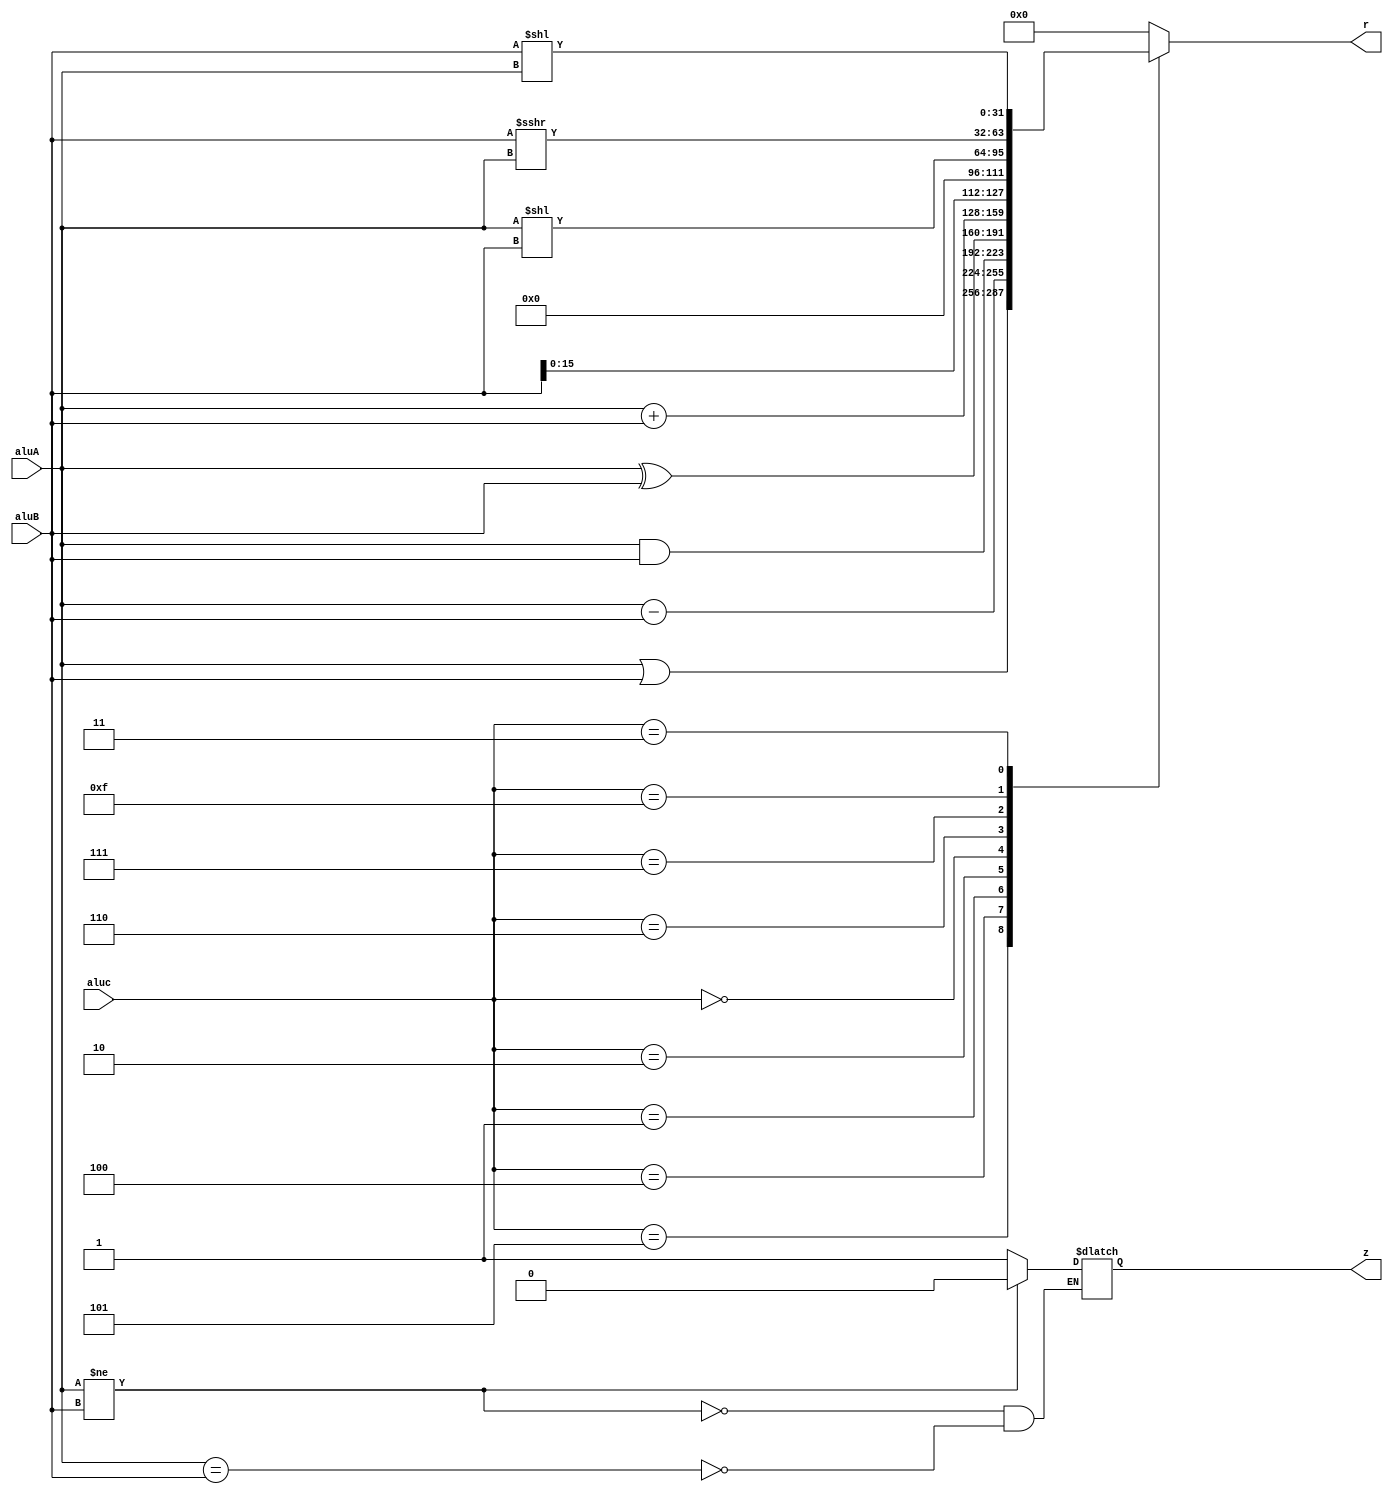
`timescale 1ns / 1ps
//////////////////////////////////////////////////////////////////////////////////
// Company: 
// Engineer: 
// 
// Design Name: 
// Module Name: ALU
// Project Name: 
// Target Devices: 
// Tool Versions: 
// Description: 
// 
// Dependencies: 
// 
// Revision:
// Revision 0.01 - File Created
// Additional Comments:
// 
//////////////////////////////////////////////////////////////////////////////////


module ALU(
    input [3:0] aluc,
    input [31:0] aluA,
    input [31:0] aluB,
    output reg z,
    output reg [31:0] r
    );  
    
    always @(*) begin 
        if (aluA == aluB) begin
            z = 1'b1;
        end
        
        if (aluA != aluB) begin
            z = 1'b0;
        end
    
        case (aluc)
            4'b0101: r = aluA | aluB;
            4'b0100: r = aluA - aluB;
            4'b0001: r = aluA & aluB;
            4'b0010: r = aluA ^ aluB;
            4'b0000: r = aluA + aluB;
            4'b0110: r = aluB << 16;  
            4'b0111: r = aluA << aluB;
            4'b1111: r = $signed(aluB) >>> aluA;
            4'b0011: r = aluB << aluA ;
    
            default : begin 
                r <= 0;
            end
        endcase
    end
endmodule